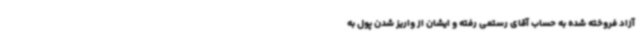
آزاد فروخته شده به حساب آقای رستمی رفته و ایشان از واریز شدن پول به